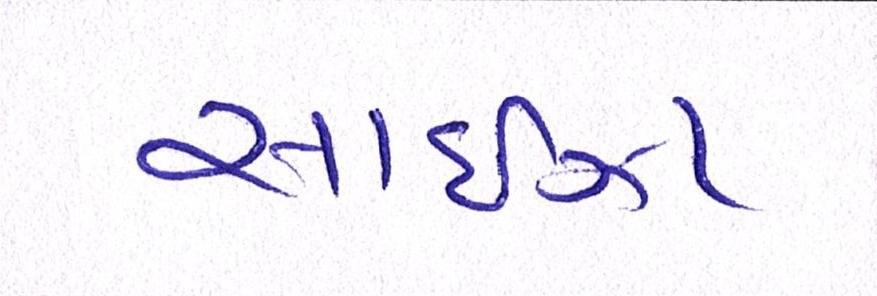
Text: સાઈઝા